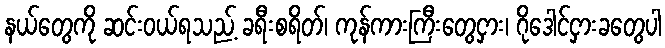
နယ်တွေကို ဆင်းဝယ်ရသည့် ခရီးစရိတ်၊ ကုန်ကားကြီးတွေငှား၊ ဂိုဒေါင်ငှားခတွေပါ